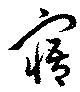
寤